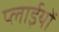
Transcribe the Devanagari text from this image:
प्लाईयों